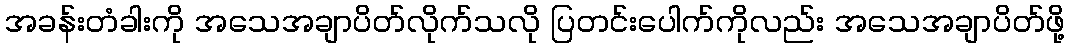
အခန်းတံခါးကို အသေအချာပိတ်လိုက်သလို ပြတင်းပေါက်ကိုလည်း အသေအချာပိတ်ဖို့